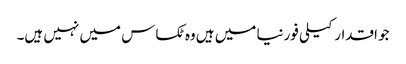
جو اقدار کیلی فورنیا میں ہیں وه ٹکساس میں نہیں ہیں۔